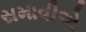
સમાવીએ